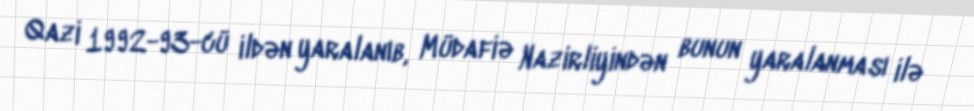
Qazi 1992-93-cü ildən yaralanıb, Müdafiə Nazirliyindən bunun yaralanması ilə